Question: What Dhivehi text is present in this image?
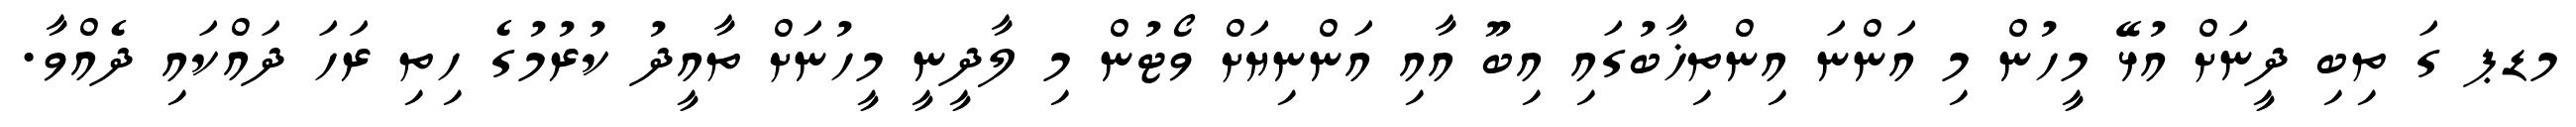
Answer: މޑޕ ގަ ތިބި ދީނަށް އުޅޭ މީހުން މި އަންނަ އިންތިޚާބުގައި އިބޫ އާއި އަންނިޔަށް ވޯޓުން މި ލާދީނީ މީހުނަށް ތާއީދު ކުރުމުގެ ހިތި ރަހަ ދައްކައި ދެއްވާ.